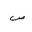
Letter: _sad